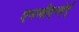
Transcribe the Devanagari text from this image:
एनजीएनदेर्द्